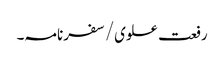
رفعت علوی/سفرنامہ۔